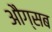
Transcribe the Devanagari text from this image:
औग्सब